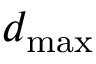
d _ { \mathrm { m a x } }